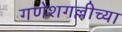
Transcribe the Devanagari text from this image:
गणेशगल्लीच्या